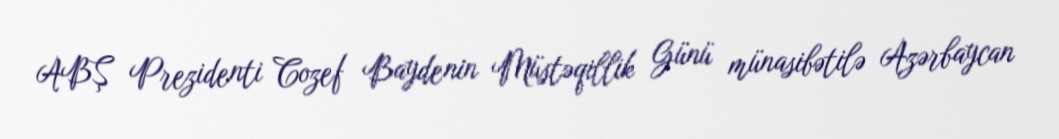
ABŞ Prezidenti Cozef Baydenin Müstəqillik Günü münasibətilə Azərbaycan